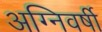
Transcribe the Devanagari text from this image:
अग्निवर्षी